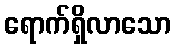
ရောက်ရှိလာသော